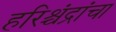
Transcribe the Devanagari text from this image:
हरिश्चंद्रांचा